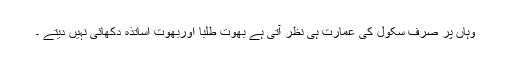
وہاں پر صرف سکول کی عمارت ہی نظر آتی ہے بھوت طلبا اوربھوت اساتذہ دکھائی نہیں دیتے ۔